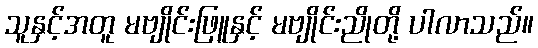
သူနှင့်အတူ မဗျိုင်းဖြူနှင့် မဗျိုင်းညိုတို့ ပါလာသည်။